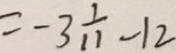
= - 3 \frac { 1 } { 1 1 } - 1 2